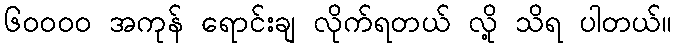
၆၀၀၀၀ အကုန် ရောင်းချ လိုက်ရတယ် လို့ သိရ ပါတယ်။